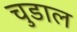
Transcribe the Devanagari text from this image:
चुडाल